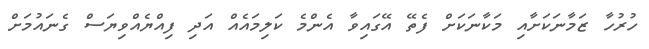
ހުރުހާ ޒަމާނަކަށާއި މަކާނަކަށް ފެތޭ އޭގައިވާ އެންމެ ކަލިމައެއް އަދި ފިއްޔެއްވިޔަސް ގެނައުމަށް